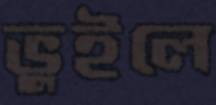
ভুইলে